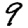
Digit: 9